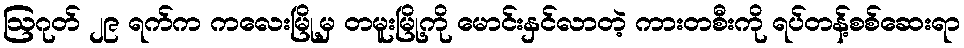
ဩဂုတ် ၂၉ ရက်က ကလေးမြို့မှ တမူးမြို့ကို မောင်းနှင်လာတဲ့ ကားတစီးကို ရပ်တန့်စစ်ဆေးရာ